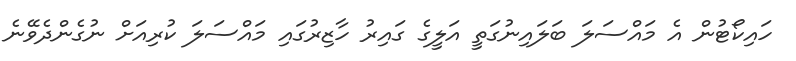
ހައިކޯޓުން އެ މައްސަލަ ބަލައިނުގަތީ އަލީގެ ގައިރު ހާޒިރުގައި މައްސަލަ ކުރިއަށް ނުގެންދެވޭނެ